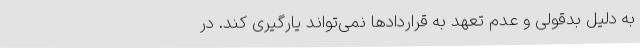
به دلیل بدقولی و عدم تعهد به قراردادها نمی‌تواند یارگیری کند. در